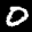
Label: 0